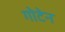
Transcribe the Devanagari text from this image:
गोटेन